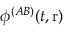
\phi ^ { ( A B ) } ( t , \mathrm { r } )